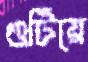
গুটিয়ে